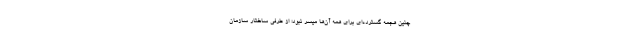
چنین هجمه گسترده‌ای برای همه آن‌ها میسر نبود؛ از طرفی ساختار سازمان